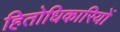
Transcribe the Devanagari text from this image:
हितोधिकारियों